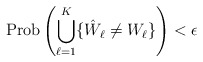
\begin{align*}\mathrm{Prob}\left(\bigcup_{\ell=1}^K\lbrace \hat{W}_{\ell} \neq W_{\ell} \rbrace\right)< \epsilon \end{align*}